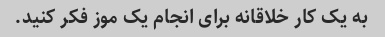
به یک کار خلاقانه برای انجام یک موز فکر کنید.